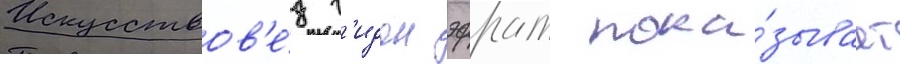
Искусствов'е́д г'идон эфрат пока́зывает